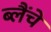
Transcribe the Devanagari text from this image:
ब्लैंचे